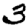
Digit: 3